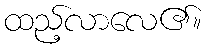
ထည့်လာလေ၏။